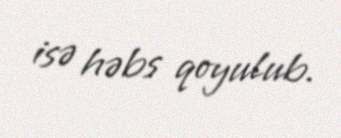
isə həbs qoyulub.